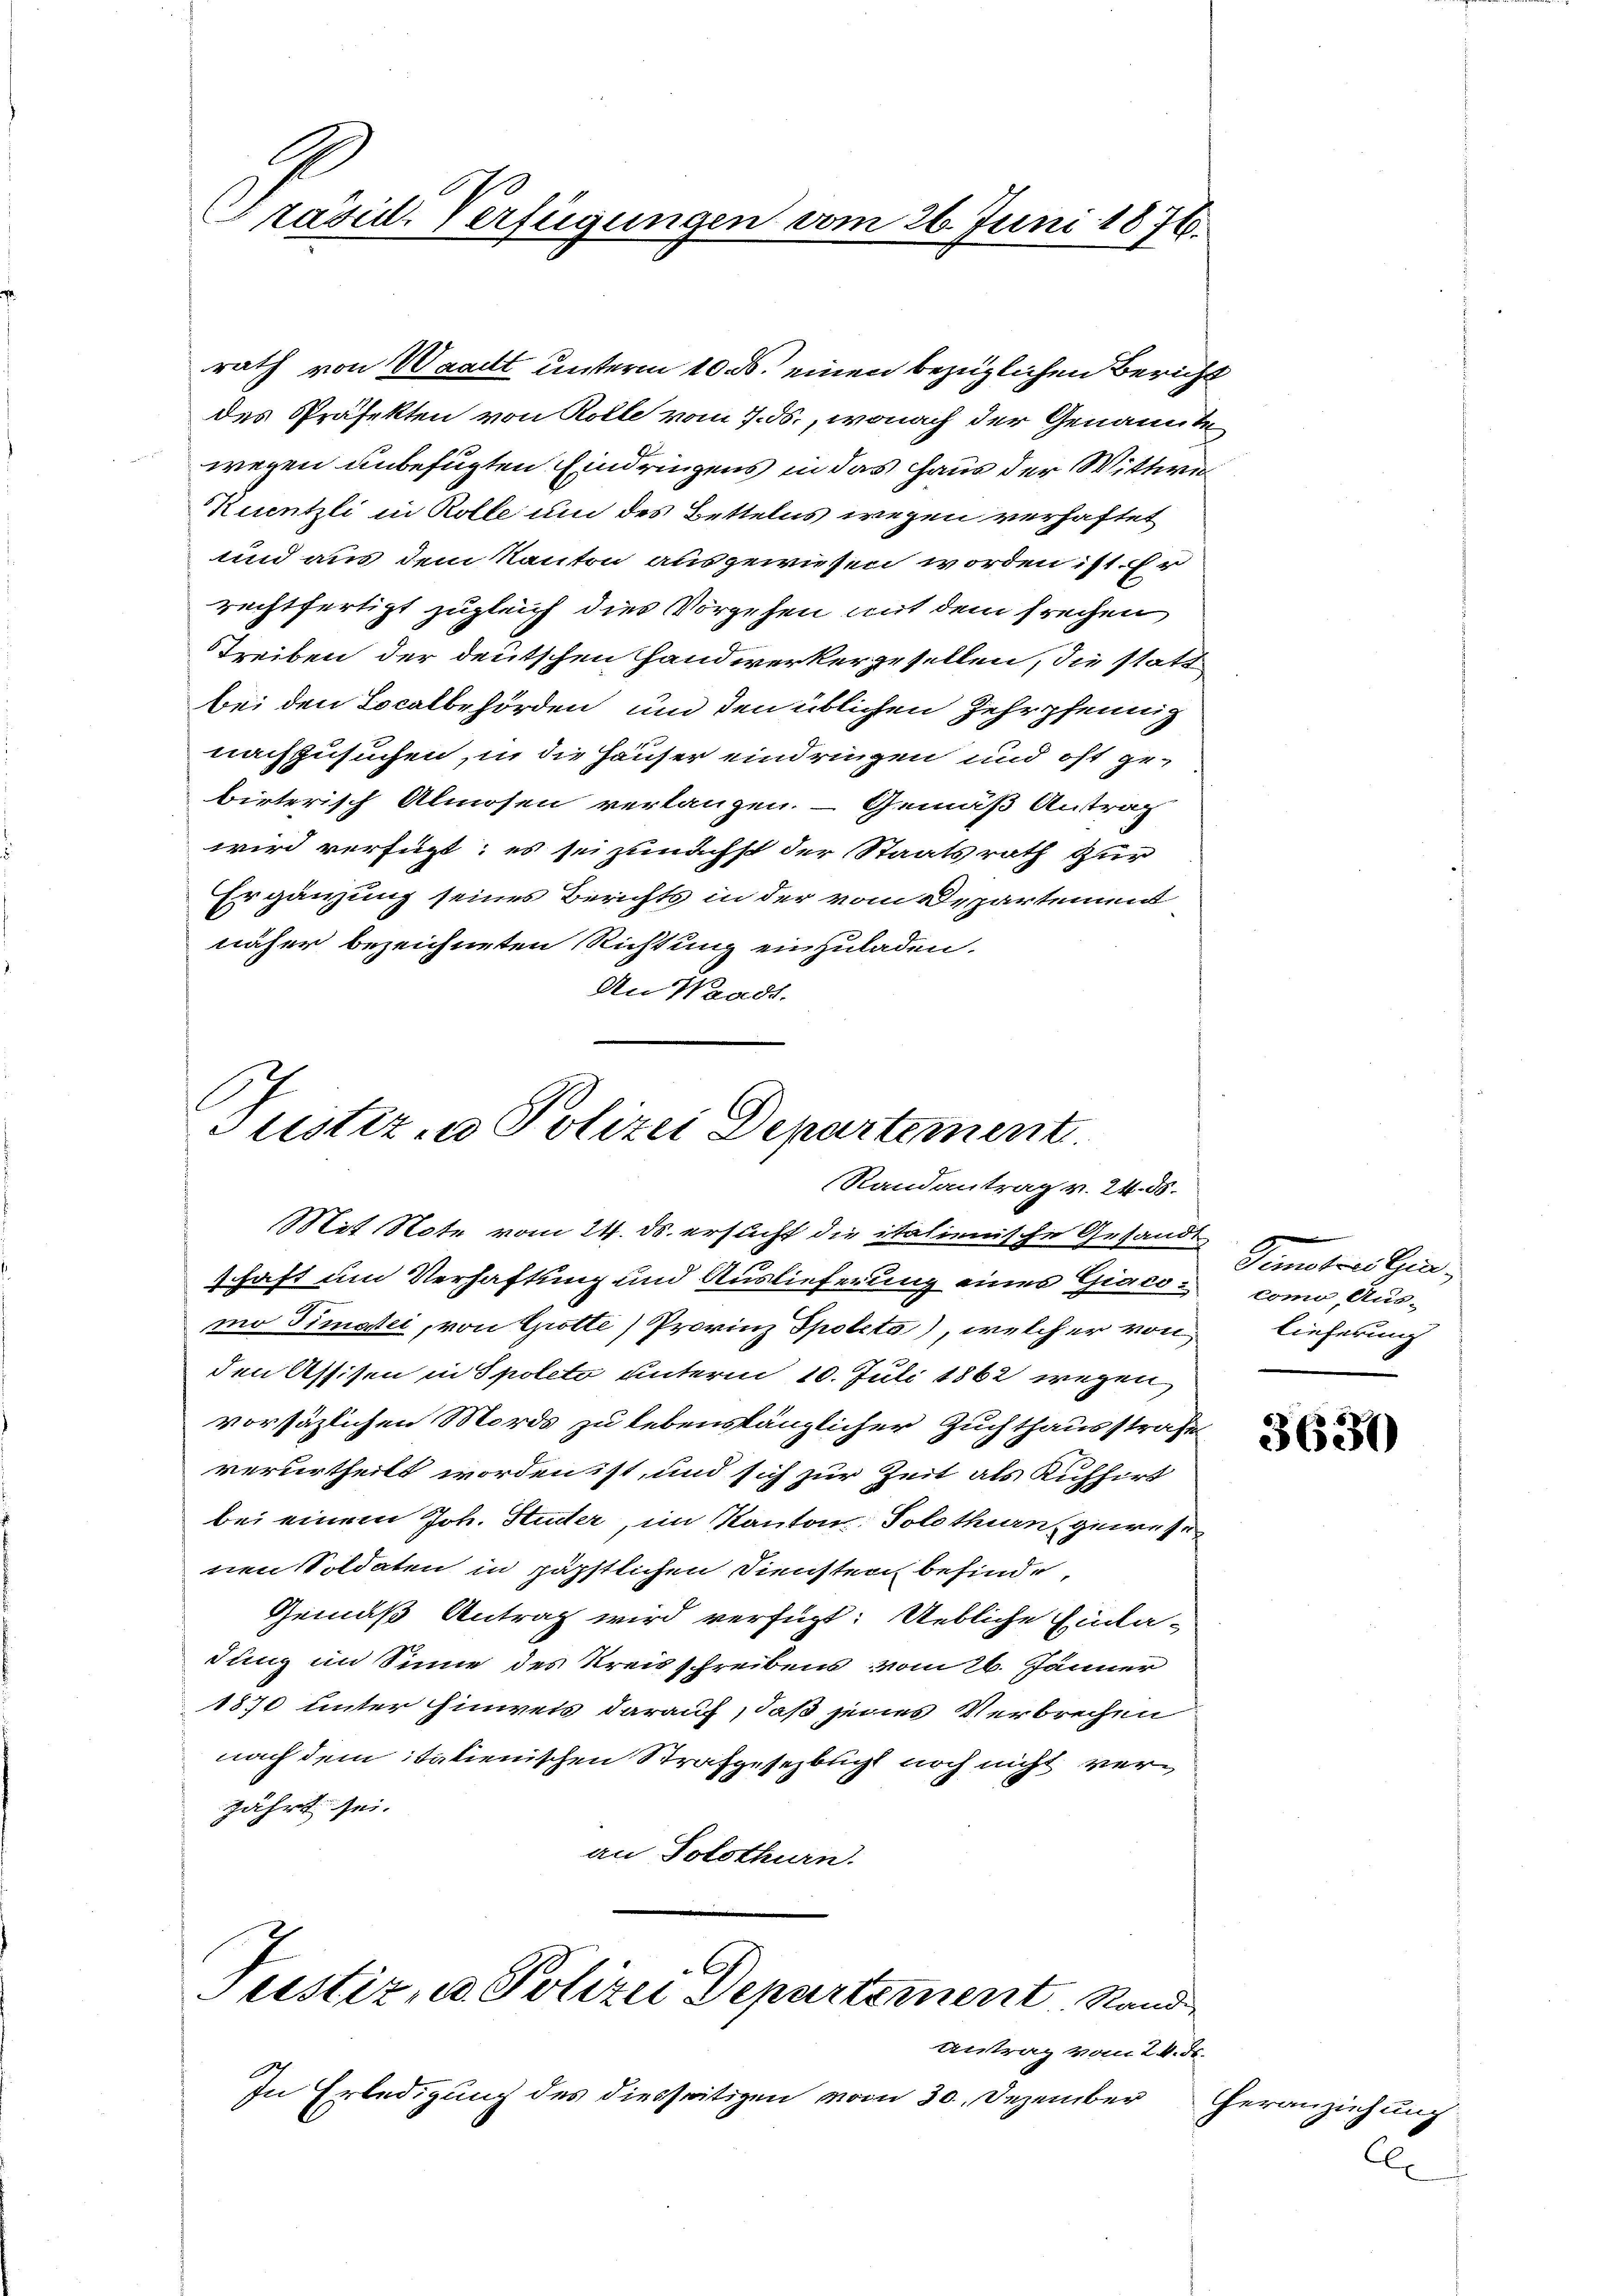
l
Präsid. Verfügungen vom 26. Juni 1876.

rath von Waadt unterm 10. ds. einen bezüglichen Bericht
des Präfekten von Rolle vom 7. ds., wonach der Genannten
wegen unbefugten Eindringens in das Haus der Wittwe
Kuentzli in Rolle um des Bettelns wegen verhaftet
und aus dem Kanton ausgewiesen worden ist. Er
rechtfertigt zugleich dies Vorgehen mit dem freihen
Treiben der deutschen Handwerkergesellen, die statt
bei den Localbehörden und den üblichen Zehrpfennig
nachzusuchen, in die Häuser eindringen und oft gebirterisch Almosen verlangen. - Gemäß Antrag
wird verfügt; es sei zunächst der Staatsrath zur
Ergänzung seines Berichts in der vom Departement
näher bezeichneten Richtung einzuladen.
An Waadt.

Justiz- & Polizei Departement.
Randantrag v. 24. 85.
Mit Note vom 24. ds. ersucht die italienische Gesandt

schaft um Verhaftung und Auslieferung eines Giacomo Timatii, von Gotte) Provinz Spoleta), welcher von lieferung
den Assisen in Spolito unterm 10. Juli 1862 wegen
vorsätzlichen Mords zu lebenslänzlicher Zuchthausstrafe
verurtheilt worden ist, und sich zur Zeit als Kuhhirt
bei einem Joh. Studer, im Kanton Solothurn, gewese
nen Soldaten in päpstlichen Diensten befinde,
Gemäß Antrag wird verfügt: Uebliche Einla-
dung im Sinne des Kreisschreibens vom 26. Jänner
1870 unter Einweis darauf, daß jenes Verbrechen
nach dem italienischen Strafgesetzbuch noch nicht verjährt sei.
an Solothurn.
C
Justiz u. Polizei Departement Stand

In Erledigung des diesseitigen vom 30. Dezember

Antrag vom 24. d.

Gemstellen,
como, Aus-

3630

Heranziehung
Ex